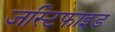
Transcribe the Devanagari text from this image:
जस्टिफाइड